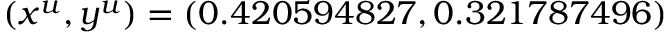
( x ^ { u } , y ^ { u } ) = ( 0 . 4 2 0 5 9 4 8 2 7 , 0 . 3 2 1 7 8 7 4 9 6 )